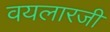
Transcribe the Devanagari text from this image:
वयलारजी